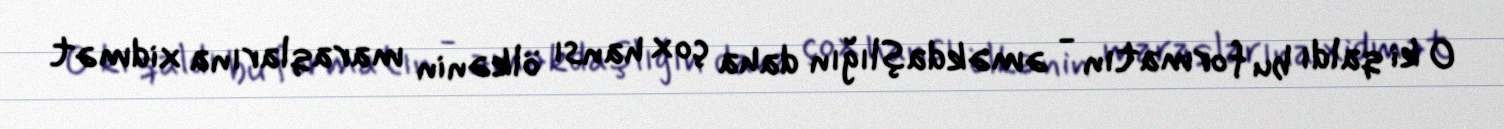
O ki qaldı bu formatın - əməkdaşlığın daha çox hansı ölkənin maraqlarına xidmət